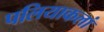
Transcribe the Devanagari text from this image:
पलियाकलां